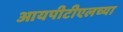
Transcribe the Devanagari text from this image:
आयपीटीएलच्या